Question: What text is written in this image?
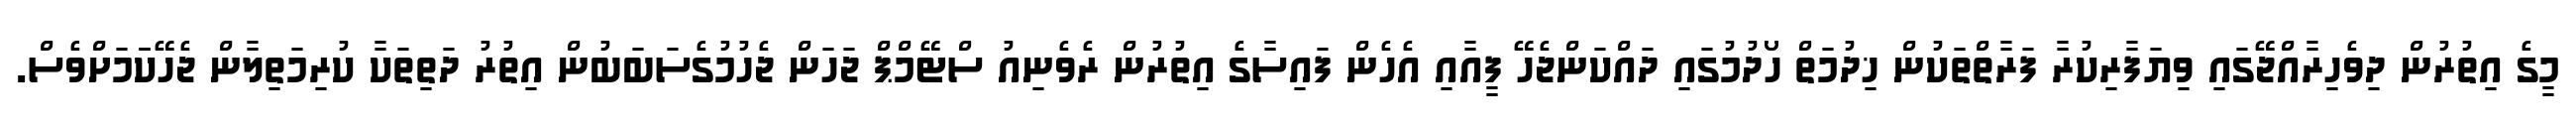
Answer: މީގެ އިތުރުން ދިވެހިރާއްޖޭގައި ވިޔަފާރިކުރާ ފަރާތްތަކުން ޚިދުމަތް ހޯދުމުގައި ދައްކަންޖެހޭ ފީއާއި އެހެން ފައިސާގެ އިތުރުން ރެވެނިއު ސްޓޭމްޕް ޖަހަން ޖެހުމުގެސަބަބުން އިތުރު ދަތިތަކާ ކުރިމަތިލާން ޖެހޭކަަމަށްވެސް.